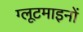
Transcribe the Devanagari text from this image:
ग्लूटमाइनों